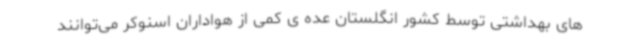
های بهداشتی توسط کشور انگلستان عده ی کمی از هواداران اسنوکر می‌توانند